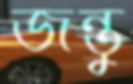
জন্তু